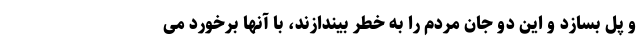
و پل بسازد و این دو جان مردم را به خطر بیندازند، با آنها برخورد می